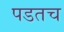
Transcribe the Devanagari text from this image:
पडतच